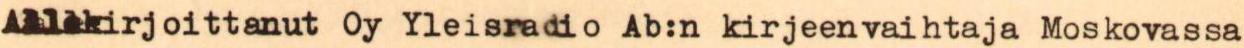
Allekirjoittanut Oy Yleisradio Ab:n kirjeenvaihtaja Moskovassa